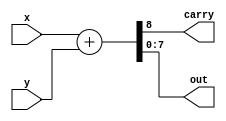
module adder(x, y, carry, out);
input [7:0] x, y;
output carry;
output [7:0] out;

/*Write your code here*/
assign {carry, out[7:0]}=x[7:0]+y[7:0];

/*End of code*/

endmodule